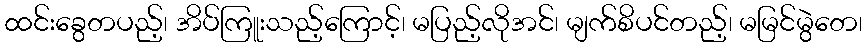
ထင်းခွေတပည့်၊ အိပ်ကြူးသည့်ကြောင့်၊ မပြည့်လိုအင်၊ မျက်စိပင်တည့်၊ မမြင်မွဲတေ၊